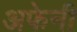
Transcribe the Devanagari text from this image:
अफेनी